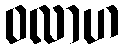
ဝလာဟ